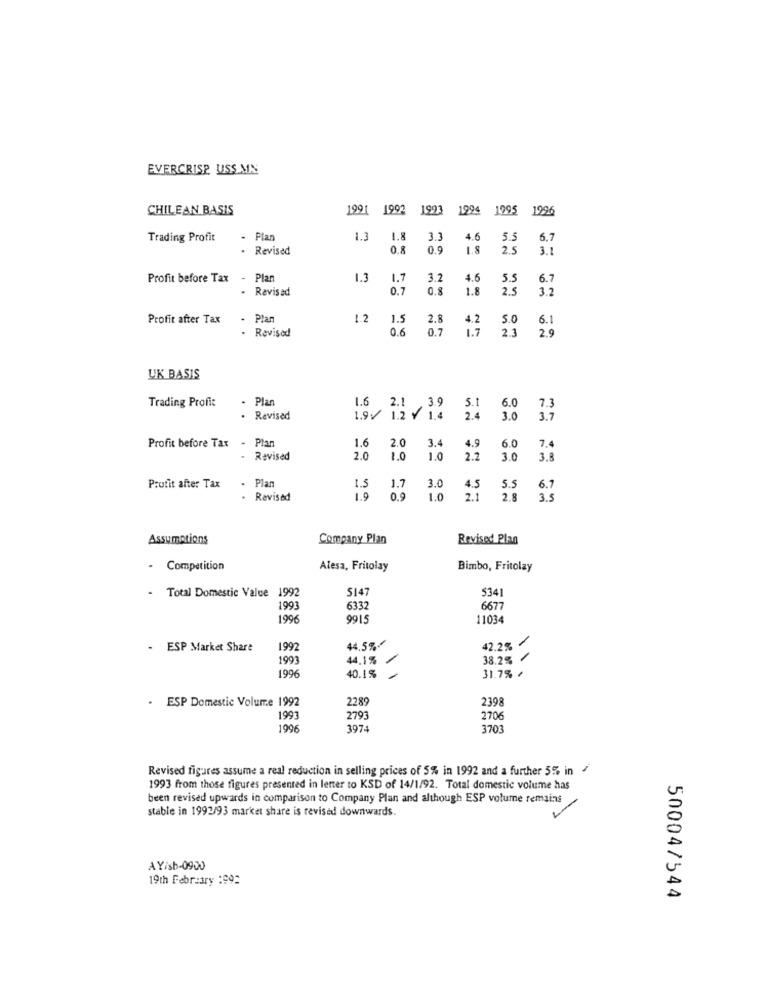
EVERCRISP USS MN
CHILEAN BASIS
1991 1992
1993
1994 1095
1996
Trading Profit
- Plan
1.3
1.8
3.3
4.6
5.5
6.7
. Revised
0.8
0.9
1.8
2.5
3.1
Profit before Tax
- Plan
1.3
1.7
3.2
4.5
5.5
6.7
Revisad
0.7
0.8
1.8
2.5
3.2
Profit after Tax
. Plan
1.2
1.5
2.8
4.2
5.0
6.1
. Revised
0.6
0.7
1.7
23
2.9
UK BASIS
. Plan
5.1
Trading Profit
1.6
19 12 2
6.0
7.3
. Revised
2.4
3.0
3.7
1.6
7.
Profit before Tax
. Plan
2.0
3.4
4.9
6.0
- Revised
2.0
1.0
1.0
2.2
3.0
3.8
Profit after Tax
. Plan
1.5
1.7
3.0
4.5
5.5
6.7
. Revised
1.9
0.9
LO
2.1
2.8
3.5
Assumptions
Company Plan
Revised Plan
- Competition
Alesa, Fritolay
Bimbo, Fritolay
Total Domestic Value 1992
5147
5341
1993
6332
6677
1996
9915
11034
42.2%
- ESP Market Share
1992
44.5%-
1993
44,1%
38.2% /
1996
40.1% /
31.7% +
ESP Domestic Volume 1992
2289
2398
1993
2793
2706
1996
397
3703
Revised figures assume a real reduction in selling prices of 5% in 1992 and a further 5% in
1993 from those figures presented in letter to KSD of 14/1/92. Total domestic volume has
been revised upwards in comparison to Company Plan and although ESP volume remains
stable in 1992/93 market share is revised downwards.
AY/sb-0900
19th February :992
50004/544